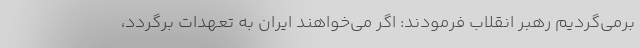
برمی‌گردیم رهبر انقلاب فرمودند: اگر می‌خواهند ایران به تعهدات برگردد،